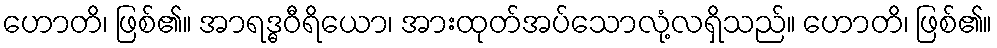
ဟောတိ၊ ဖြစ်၏။ အာရဒ္ဓဝီရိယော၊ အားထုတ်အပ်သောလုံ့လရှိသည်။ ဟောတိ၊ ဖြစ်၏။